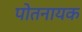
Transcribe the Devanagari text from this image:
पोतनायक